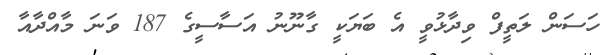
ހަސަން ލަތީފް ވިދާޅުވީ އެ ބަޔަކީ ގާނޫނު އަސާސީގެ 187 ވަނަ މާއްދާއާ